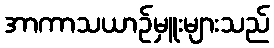
အာကာသယာဉ်မှူးများသည်